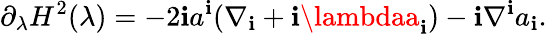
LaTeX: \partial_{\lambda}H^{2}(\lambda)=-2\mathbf{i}a^{\mathbf{i}}(\nabla_{\mathbf{i}}+\mathbf{i}\lambdaa_{\mathbf{i}})-\mathbf{i}\nabla^{\mathbf{i}}a_{\mathbf{i}}.